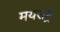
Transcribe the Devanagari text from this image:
मयराष्ट्र